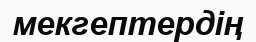
мекгептердің